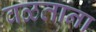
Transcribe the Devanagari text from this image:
वळताना